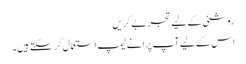
روشنی کے لیے تجربے کریں
اس کے لیے آپ پرانے لیمپ استعمال کر سکتے ہیں۔